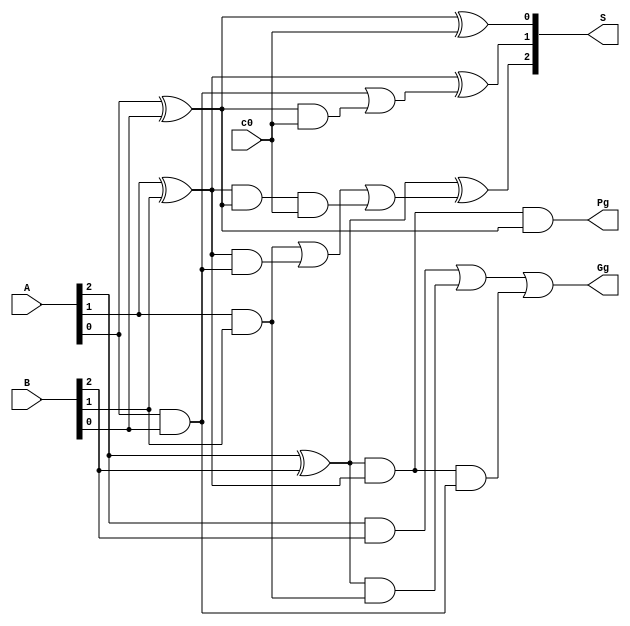
module cla_three(A, B, c0, S, Pg, Gg);
	// 3-bit CLA block
	input [2:0] A, B;
	input c0; // carry-in
	output [2:0] S; // output sum
	output Pg, Gg; // group propagate and group generate
	
	// ignoring fan-in, this block should cost 4 gate delays
	// the following code would be written based on the order of gate delays
	
	// 1st gate delay
	wire [2:0] G, P;
	
	and and2(G[2], A[2], B[2]);
	and and1(G[1], A[1], B[1]);
	and and0(G[0], A[0], B[0]);
	
	xor xor2(P[2], A[2], B[2]);
	xor xor1(P[1], A[1], B[1]);
	xor xor0(P[0], A[0], B[0]);
	
	// 2nd & 3rd gate delay (due to SOP operation)
	// group-generate and propagate, c3 and p3 to be exact
	wire P2G1, P2P1G0;
	and and21(P2G1, P[2], G[1]);
	and and210(P2P1G0, P[2], P[1], G[0]);
	or or_Gg2(Gg, G[2], P2G1, P2P1G0);
	
	and and_Pg2(Pg, P[2], P[1], P[0]);
	
	// in parallel action, all of the carry bits are generated
	wire c2, c1; // c0 is the input and thus has been declared
	wire P1G0, P1P0C0;
	wire P0C0;
	
	// for c2
	and and10(P1G0, P[1], G[0]);
	and and1c0(P1P0C0, P[1], P[0], c0);
	or or_C2(c2, G[1], P1G0, P1P0C0);
	// for c1
	and andc0(P0C0, P[0], c0);
	or or_C1(c1, G[0], P0C0);
	// c0 is just c0 as input
	
	// 4th gate delay
	// for generating sum bits S = P XOR C_in
	xor xorsum2(S[2], P[2], c2);
	xor xorsum1(S[1], P[1], c1);
	xor xorsum0(S[0], P[0], c0);
	
endmodule